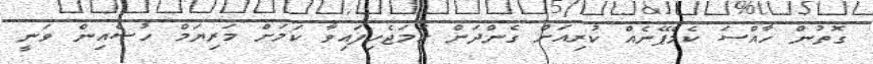
ގޮތުން ހާއްސަ ކެމްޕޭނެއް ކުރިއަށް ގެންދަން ހަމަޖެހިފައިވާ ކަމަށް މަރިޔަމް ހުސެއިން ވަނީ